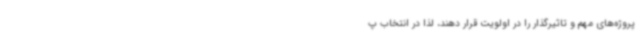
پروژه‌های مهم و تاثیرگذار را در اولویت قرار دهند، لذا در انتخاب پ